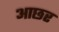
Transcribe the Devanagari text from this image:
आछर